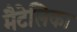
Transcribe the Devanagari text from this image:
मैटेलिका